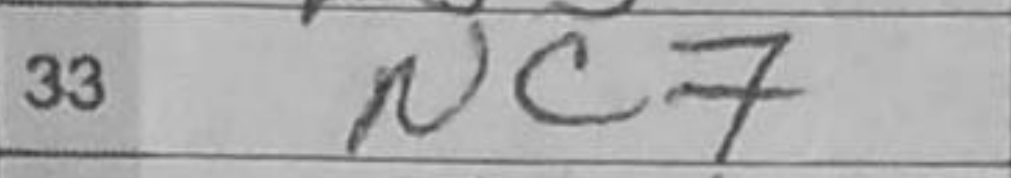
Transcription: Nc7